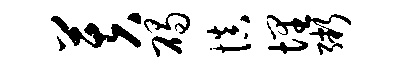
芙碣慎埋粥